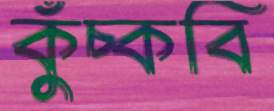
কুঁচ্‌কবি